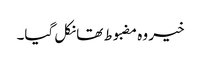
خیر وہ مضبوط تھا نکل گیا۔